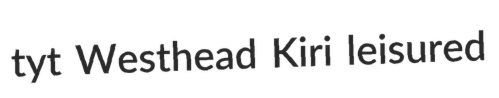
tyt Westhead Kiri leisured